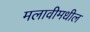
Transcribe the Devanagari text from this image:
मलावीमधील